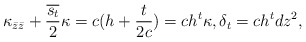
\begin{align*}\kappa_{\bar{z}\bar{z}} + \frac{\overline{s_t}}{2} \kappa = c(h+ \frac{t}{2c}) = ch^t \kappa, \delta_t = ch^t dz^2, \end{align*}